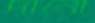
দানো